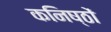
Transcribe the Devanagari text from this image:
कनिष्ठों